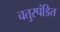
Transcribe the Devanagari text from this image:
चतुरपंडित